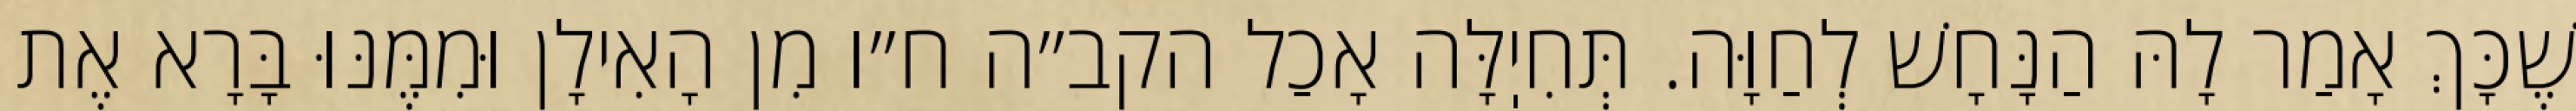
שֶׁכָּךְ אָמַר לָהּ הַנָּחָשׁ לְחַוָּה. תְּחִיֽלָּה אָכַל הקב״ה ח״ו מִן הָאִילָן וּמִמֶּנּוּ בָּרָא אֶת